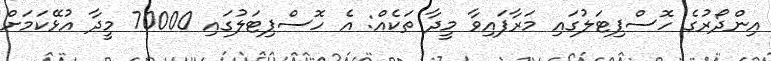
އިންދޯރުގެ ހޮސްޕިޓަލުގައި މަރާފައިވާ މީދާ ތަކެއް: އެ ހޮސްޕިޓަލުގައި 70000 މީދާ އުޅޭކަމަށް